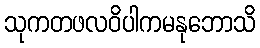
သုကတဖလဝိပါကမနုဘောသိ